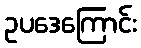
ဥပဒေကြောင်း